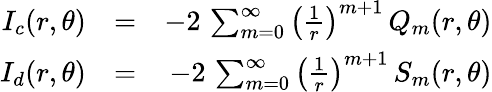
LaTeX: \begin{array}{rlr}{I_{c}(r,\theta)}&{=}&{-2\, \sum_{m=0}^{\infty}\left({\frac{1}{r}}\right)^{m+1}\, Q_{m}(r,\theta)}\\ {I_{d}(r,\theta)}&{=}&{-2\, \sum_{m=0}^{\infty}\left({\frac{1}{r}}\right)^{m+1}\, S_{m}(r,\theta)}\end{array}